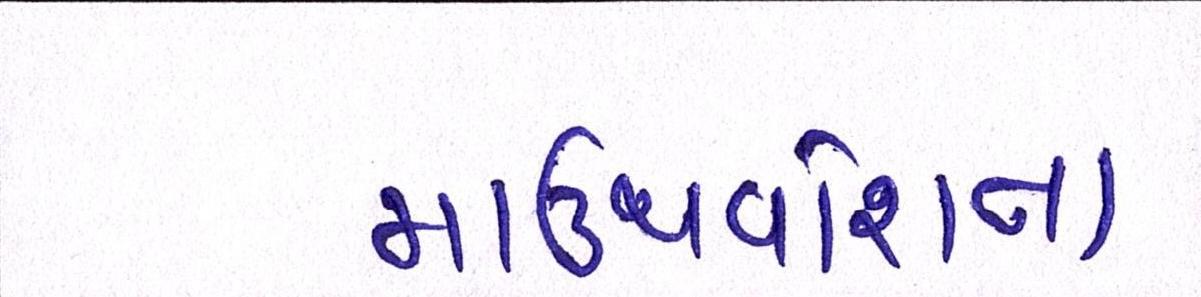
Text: માઉથવોશના